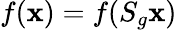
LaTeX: f(\mathbf{x})=f(S_{g}\mathbf{x})